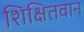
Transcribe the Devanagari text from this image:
शिक्षितवान